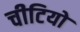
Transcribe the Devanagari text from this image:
चीटियो